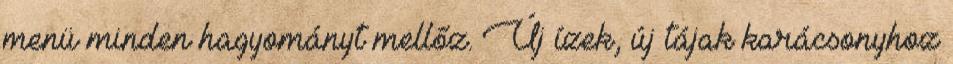
menü minden hagyományt mellőz. Új ízek, új tájak karácsonyhoz